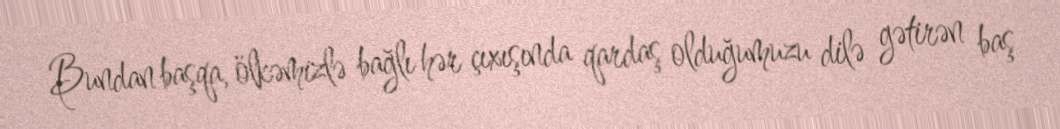
Bundan başqa, ölkəmizlə bağlı hər çıxışında qardaş olduğumuzu dilə gətirən baş